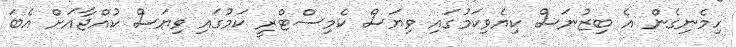
ހިމެނިގެން އެ ބިޒުނަސް ކިޔެވިކަމުގައި ވިޔަސް ކެމިސްޓްރީ ކަމުގައި ވިޔަސް ކުއްޖާއަށް އެބަ